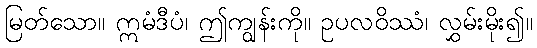
မြတ်သော။ ဣမံဒီပံ၊ ဤကျွန်းကို။ ဥပလဝိဿံ၊ လွှမ်းမိုး၍။